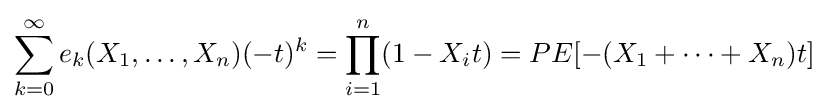
\sum _{k=0}^{\infty }e_{k}(X_{1},\ldots ,X_{n})(-t)^{k}=\prod _{i=1}^{n}(1-X_{i}t)=PE[-(X_{1}+\cdots +X_{n})t]